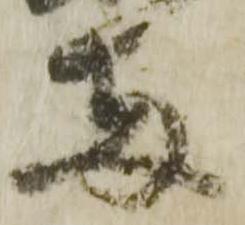
両